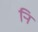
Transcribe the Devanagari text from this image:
र्‍ाि